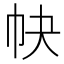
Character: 𢁪